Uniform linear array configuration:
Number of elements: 64
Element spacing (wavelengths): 0.5
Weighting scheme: blackman
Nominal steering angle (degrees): -60
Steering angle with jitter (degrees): -59.895
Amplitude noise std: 0.05
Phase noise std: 0.05

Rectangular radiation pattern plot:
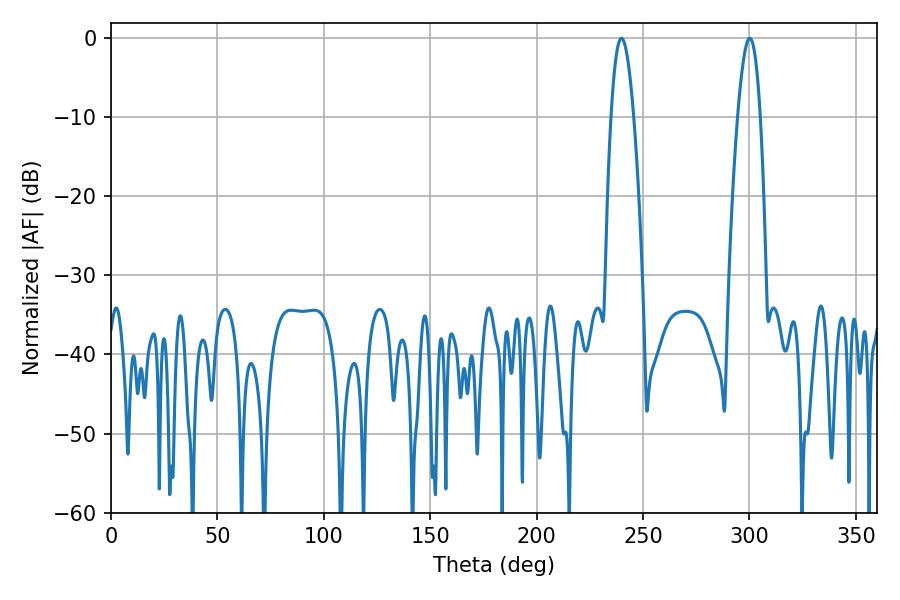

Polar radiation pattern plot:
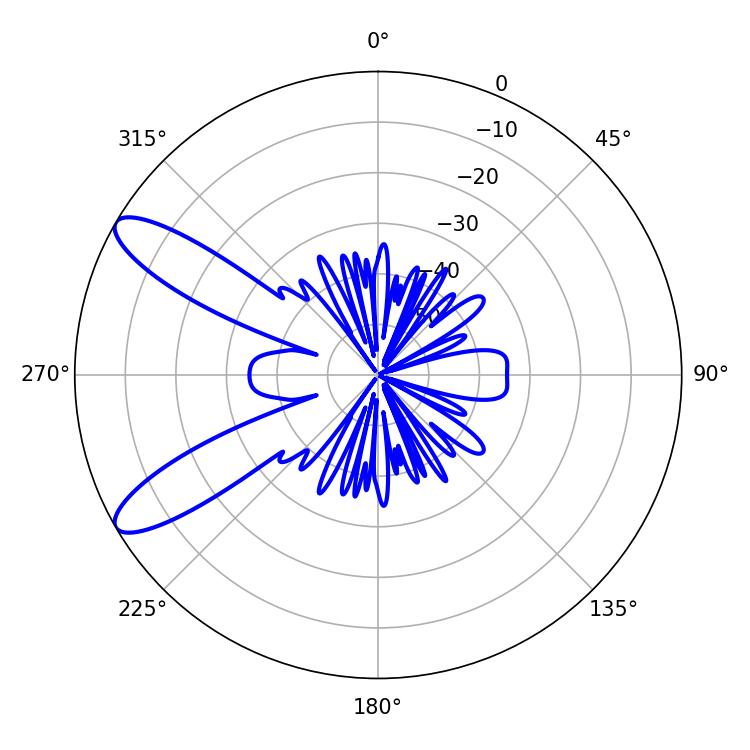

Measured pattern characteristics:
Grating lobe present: FALSE
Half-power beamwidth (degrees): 5.76
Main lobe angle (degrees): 239.94